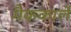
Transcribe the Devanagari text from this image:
मैककार्ले